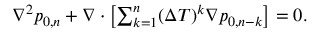
\begin{array} { r } { \nabla ^ { 2 } p _ { 0 , n } + \nabla \cdot \left[ \sum _ { k = 1 } ^ { n } ( \Delta T ) ^ { k } \nabla p _ { 0 , n - k } \right] = 0 . } \end{array}